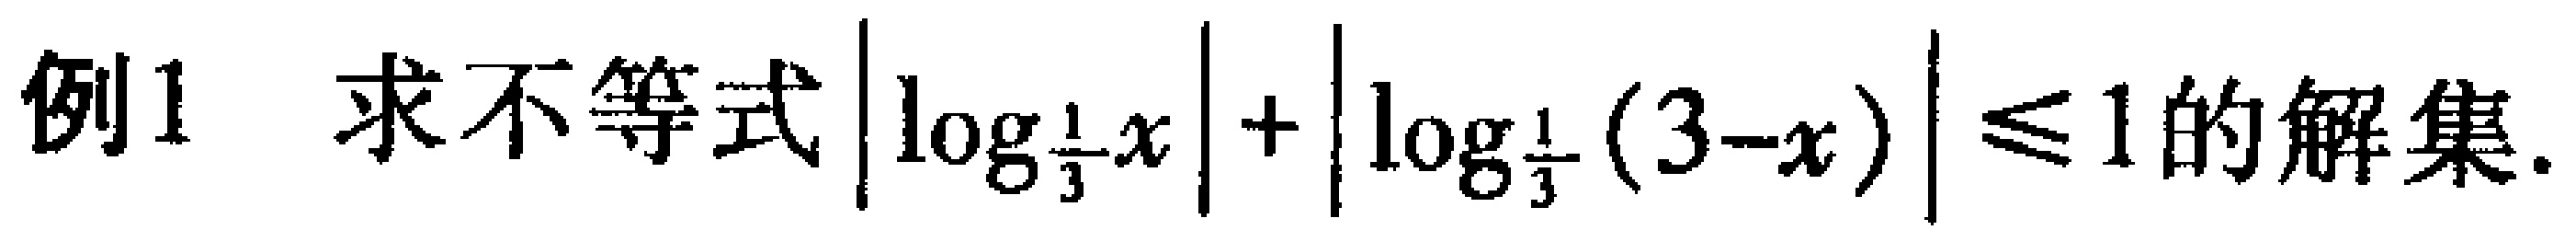
例1 求不等式\(\left|\log_{\frac{1}{3}}x\right|+\left|\log_{\frac{1}{3}}(3 - x)\right|\leq1\)的解集.